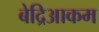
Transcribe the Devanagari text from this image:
बेद्रिआकम